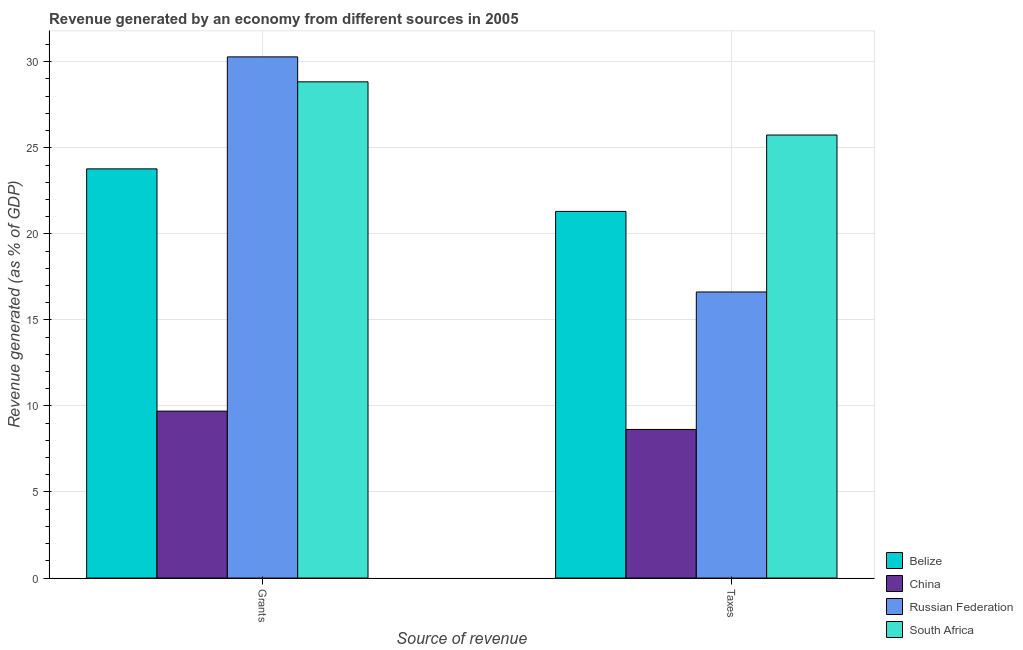
| Source of revenue | Belize | China | Russian Federation | South Africa |
 | --- | --- | --- | --- | --- |
 | Grants | 23.8 | 9.7 | 30.3 | 28.8 |
 | Taxes | 21.3 | 8.63 | 16.6 | 25.7 |